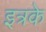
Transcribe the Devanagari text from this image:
इत्रके